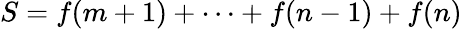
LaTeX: S=f(m+1)+\cdots+f(n-1)+f(n)